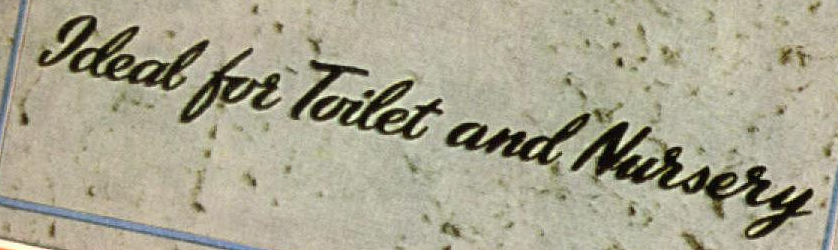
Jdeal for Toilet and Nursery